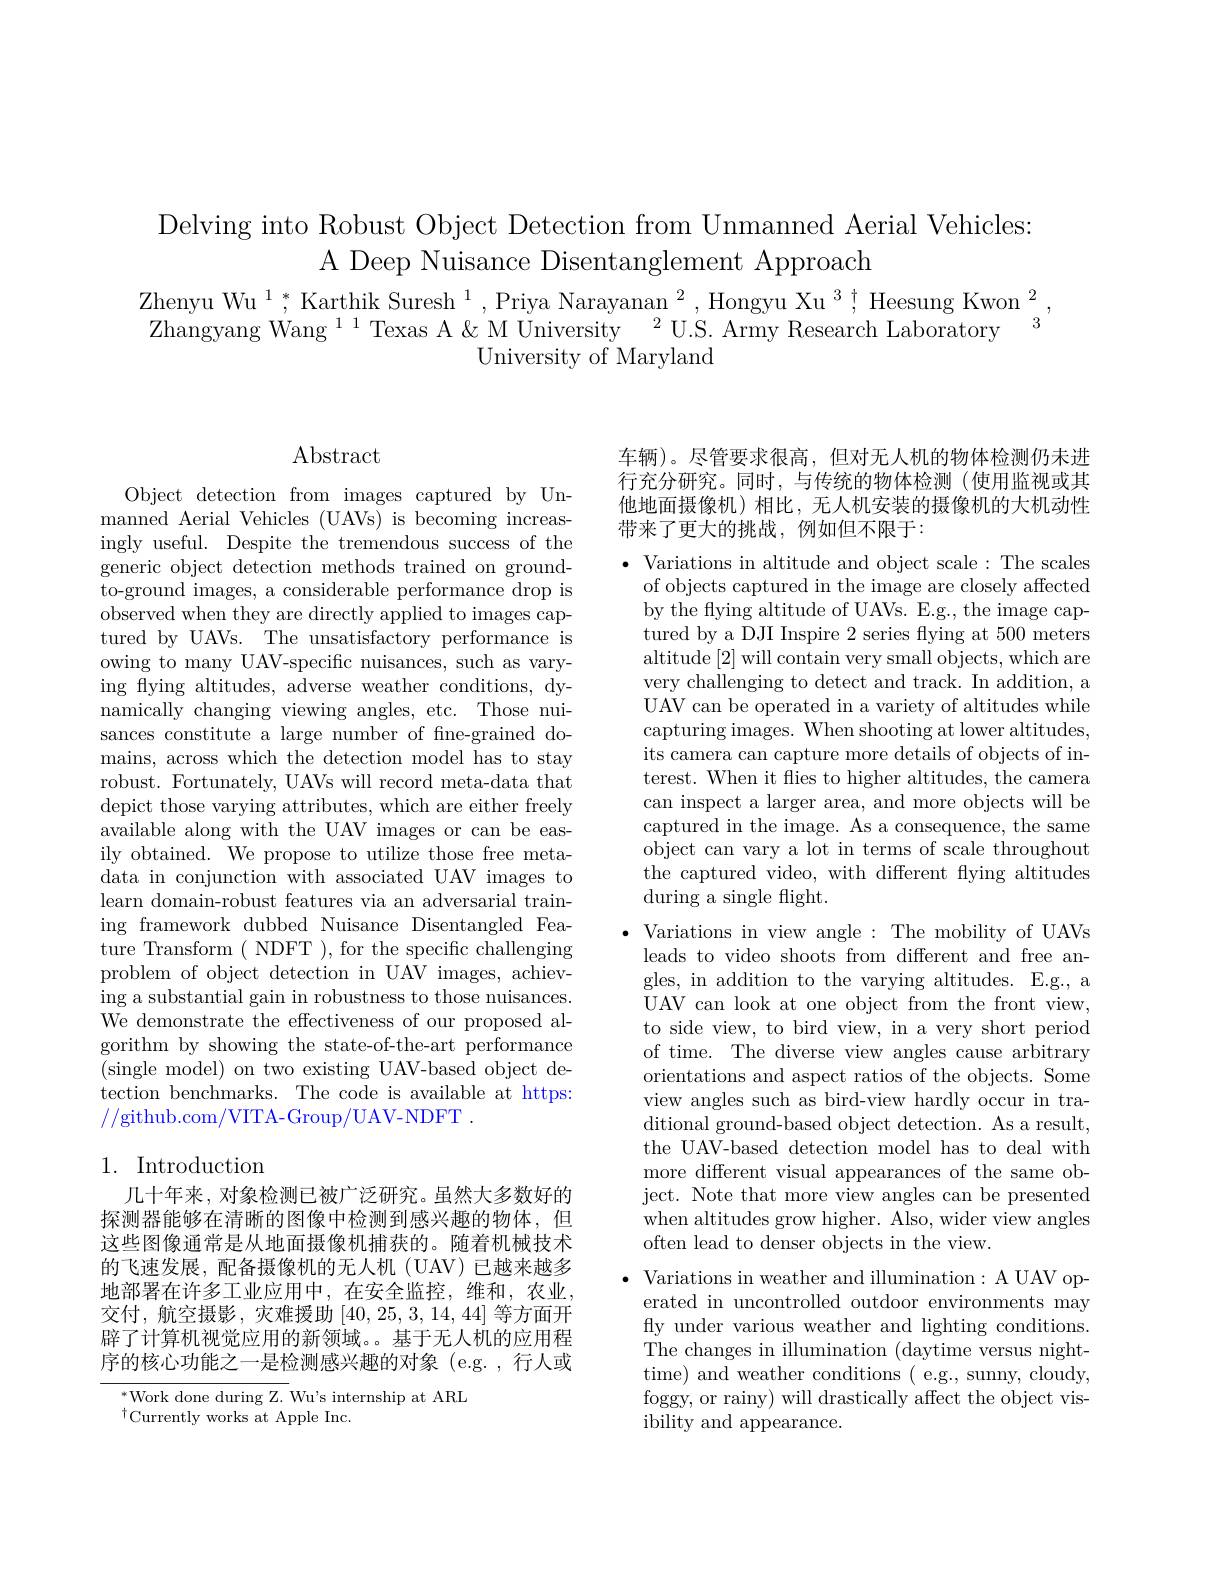
Delving into Robust Object Detection from Unmanned Aerial Vehicles:
A Deep Nuisance Disentanglement Approach
$\begin{array}{l}{\mathrm{Zhenyu~Wu~}^{1},*\text{Karthik Suresh}^{1},\text{Priya Narayanan}^{2},\text{Hongyu Xu}^{3};\text{Heesung Kwon}^{2}}\\{\mathrm{Zhangyang~Wang~}^{11}\text{Texas A}\&\text{M University}^{2}\text{U.S. Army Research Laboratory}^{2}}\end{array}$
University of Maryland

## Abstract

Object detection from images captured by Unmanned Aerial Vehicles (UAVs) is becoming increasingly useful. Despite the tremendous success of the generic object detection methods trained on groundto-ground images, a considerable performance drop is $\bar{\text{observed when they are directly applied to images cap-}}$ tured by UAVs. The unsatisfactory performance is owing to many UAV-specific nuisances, such as varying fying altitudes, adverse weather conditions, dynamically changing viewing angles, etc. Those nuisances constitute a large number of fne-grained domains, across which the detection model has to stay robust. Fortunately, UAVs will record meta-data that depict those varying attributes, which are either freely available along with the UAV images or can be easily obtained. We propose to utilize those free metadata in conjunction with associated UAV images to learn domain-robust features via an adversarial training framework dubbed Nuisance Disentangled Feature Transform ( NDFT ), for the specific challenging problem of object detection in UAV images, achieving a substantial gain in robustness to those nuisances. We demonstrate the effectiveness of our proposed algorithm by showing the state-of-the-art performance (single model) on two existing UAV-based object detection benchmarks. The code is available at https: //github.com/VITA-Group/UAV-NDFT.

## 1. Introduction

几十年来，对象检测已被广泛研究。虽然大多数好的探测器能够在清晰的图像中检测到感兴趣的物体，但这些图像通常是从地面摄像机捕获的。随着机械技术的飞速发展，配备摄像机的无人机(UAV)已越来越多地部署在许多工业应用中，在安全监控，维和，农业， 交付，航空摄影，灾难援助[40,25,3,14,44]等方面开辟了计算机视觉应用的新领域。。基于无人机的应用程序的核心功能之一是检测感兴趣的对象(e.g.,行人或

$^{*}$Work done during Z. Wu's internship at ARL
$^{\dagger}$Currently works at Apple Inc.

车辆)。尽管要求很高，但对无人机的物体检测仍未进行充分研究。同时，与传统的物体检测(使用监视或其他地面摄像机)相比，无人机安装的摄像机的大机动性带来了更大的挑战，例如但不限于：

$\bullet$ Variations in altitude and object scale: The scales
of objects captured in the image are closely affected by the flying altitude of UAVs. E.g., the image captured by a DJI Inspire 2 series fying at 500 meters altitude [2] will contain very small objects, which are very challenging to detect and track. In addition, a UAV can be operated in a variety of altitudes while capturing images. When shooting at lower altitudes, its camera can capture more details of objects of interest. When it flies to higher altitudes, the camera can inspect a larger area, and more objects will be captured in the image. As a consequence, the same object can vary a lot in terms of scale throughout the captured video, with different fying altitudes during a single flight.

$\bullet$ Variations in view angle : The mobility of UAVs
leads to video shoots from different and free angles, in addition to the varying altitudes. E.g., a UAV can look at one object from the front view, to side view, to bird view, in a very short period of time. The diverse view angles cause arbitrary orientations and aspect ratios of the objects. Some view angles such as bird-view hardly occur in traditional ground-based object detection. As a result, the UAV-based detection model has to deal with more different visual appearances of the same object. Note that more view angles can be presented when altitudes grow higher. Also, wider view angles often lead to denser objects in the view.
$\bullet$ Variations in weather and illumination: A UAV op-
erated in uncontrolled outdoor environments may fly under various weather and lighting conditions. The changes in illumination (daytime versus nighttime) and weather conditions ( e.g., sunny, cloudy, foggy, or rainy) will drastically affect the object visibility and appearance.